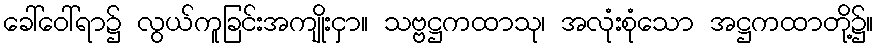
ခေါ်ဝေါ်ရာ၌ လွယ်ကူခြင်းအကျိုးငှာ။ သဗ္ဗဋ္ဌကထာသု၊ အလုံးစုံသော အဋ္ဌကထာတို့၌။